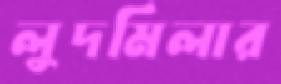
লুদমিলার